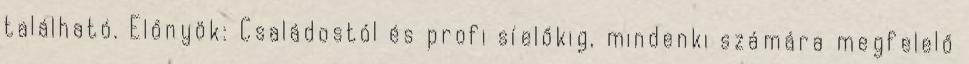
található. Előnyök: Családostól és profi síelőkig, mindenki számára megfelelő